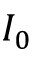
I _ { 0 }